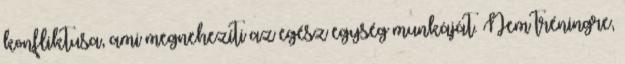
konfliktusa, ami megnehezíti az egész egység munkáját. Nem tréningre,